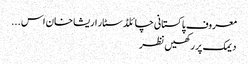
معروف پاکستانی چائلڈ سٹار اریشا خان اس ...
دیمک پر رکھیں نظر